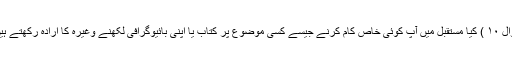
سوال ۱۰ ) کیا مستقبل میں آپ کوئی خاص کام کرنے جیسے کسی موضوع پر کتاب یا اپنی بائیوگرافی لکھنے وغیرہ کا ارادہ رکھتے ہیںَ؟